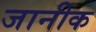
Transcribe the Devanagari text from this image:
जानीक